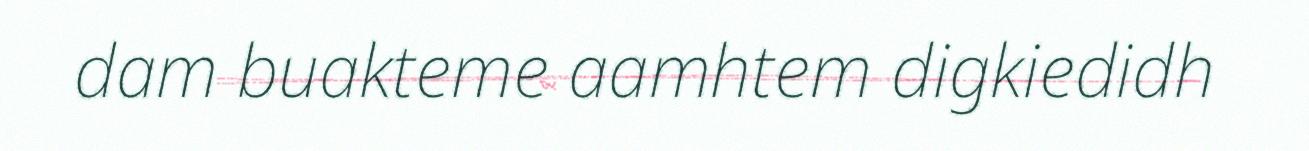
dam buakteme aamhtem digkiedidh